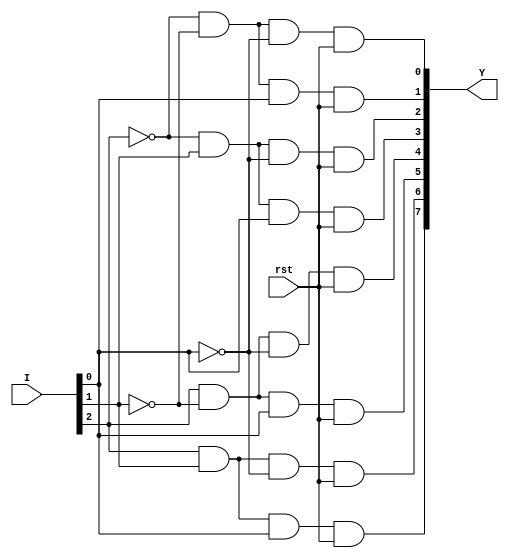
`timescale 1ns / 1ps
//////////////////////////////////////////////////////////////////////////////////
// Company: 
// Engineer: 
// 
// Design Name: 
// Module Name:    decoder_3_8 
// Project Name:  
//
//////////////////////////////////////////////////////////////////////////////////
module decoder_3_8(Y,I,rst);
input rst;
input [2:0]I;
output [7:0]Y;

and a0(Y[0],~I[2],~I[1],~I[0],rst);
and a1(Y[1],~I[2],~I[1],I[0],rst);
and a2(Y[2],~I[2],I[1],~I[0],rst);
and a3(Y[3],~I[2],I[1],I[0],rst);
and a4(Y[4],I[2],~I[1],~I[0],rst);
and a5(Y[5],I[2],~I[1],I[0],rst);
and a6(Y[6],I[2],I[1],~I[0],rst);
and a7(Y[7],I[2],I[1],I[0],rst);

endmodule